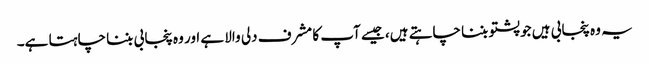
یہ وہ پنجابی ہیں جو پشتو بننا چاہتے ہیں، جیسے آپ کا مشرف دلی والا ہے اور وہ پنجابی بننا چاہتا ہے۔